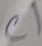
Text: C1